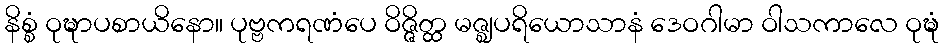
နိစ္စံ ဝုဍ္ဎာပစာယိနော။ ပုဗ္ဗကရဏံပေ ဝိဇ္ဇိတ္ထ မဇ္ဈပရိယောသာနံ ဒေဝဂါမာ ဝါသကာလေ ဝုဍ္ဎံ